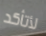
لأتأكد